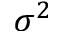
\sigma ^ { 2 }